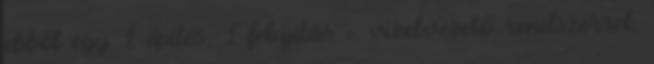
ebből egy 1 építés, 1 felújítás – vízelvezető rendszerrel,